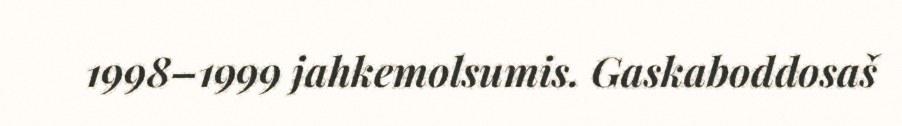
1998–1999 jahkemolsumis. Gaskaboddosaš